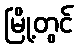
မြို့တွင်